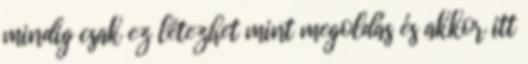
mindig csak ez létezhet mint megoldás és akkor itt